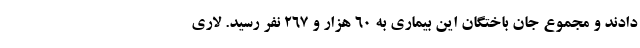
دادند و مجموع جان باختگان این بیماری به ۶۰ هزار و ۲۶۷ نفر رسید. لاری